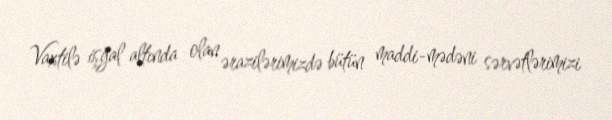
Vaxtilə işğal altında olan ərazilərimizdə bütün maddi-mədəni sərvətlərimizi